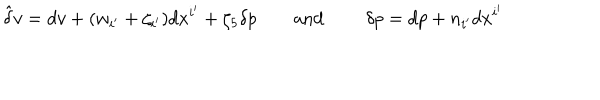
LaTeX: \hat { \delta } v = d v + ( w _ { i ^ { \prime } } + \zeta _ { i ^ { \prime } } ) d x ^ { i ^ { \prime } } + \zeta _ { 5 } \delta p \qquad \mathrm { a n d ~ } \qquad \delta p = d p + n _ { i ^ { \prime } } d x ^ { i ^ { \prime } }